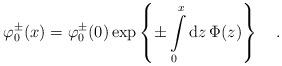
LaTeX: \begin{align*}\varphi _{0}^{\pm}(x)=\varphi _{0}^{\pm}(0)\exp\left\{\pm\int\limits_{0}^{x}{\rm d}z\,\Phi (z)\right\}\quad .\end{align*}